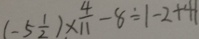
( - 5 \frac { 1 } { 2 } ) \times \frac { 4 } { 1 1 } - 8 \div 1 - 2 + 4 1